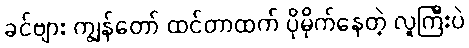
ခင်ဗျား ကျွန်တော် ထင်တာထက် ပိုမိုက်နေတဲ့ လူကြီးပဲ